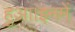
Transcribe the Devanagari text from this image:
हुआ।इनमें